Vaccination Hyderabad 1890-1903 - 1890-1903
Year: 1890
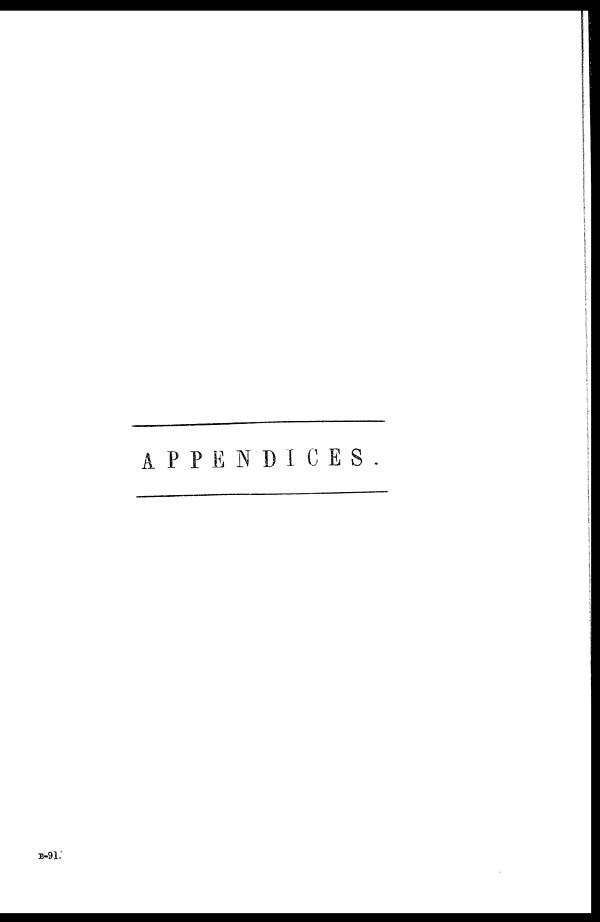
APPENDICES.
B-91.